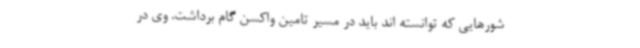
شورهایی که توانسته اند باید در مسیر تامین واکسن گام برداشت. وی در